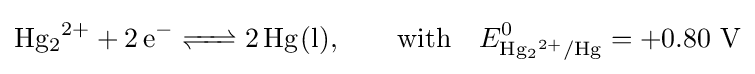
{\ce {Hg2^2+ + 2e^- <=> 2Hg(l)}},\qquad {\ce {with}}\quad E_{{\ce {Hg2^2+/Hg}}}^{0}=+0.80\ {\ce {V}}